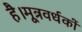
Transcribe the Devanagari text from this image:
है।मूत्रवर्धकों